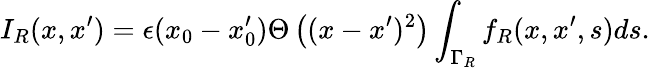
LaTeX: I_{R}(x,x^{\prime})=\epsilon(x_{0}-x_{0}^{\prime})\Theta\left((x-x^{\prime})^{2}\right)\int_{\Gamma_{R}}f_{R}(x,x^{\prime},s)ds.